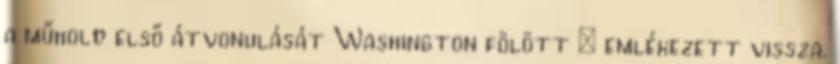
a műhold első átvonulását Washington fölött – emlékezett vissza.